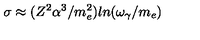
\sigma \approx ( Z ^ { 2 } \alpha ^ { 3 } / m _ { e } ^ { 2 } ) l n ( \omega _ { \gamma } / m _ { e } )